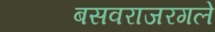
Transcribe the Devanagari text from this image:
बसवराजरगले